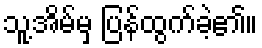
သူ့အိမ်မှ ပြန်ထွက်ခဲ့၏။